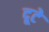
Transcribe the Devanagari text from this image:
दूटे